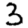
Digit: 3